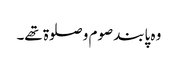
وہ پابند صوم و صلوۃ تھے۔